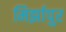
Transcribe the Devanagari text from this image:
मिर्झापुर